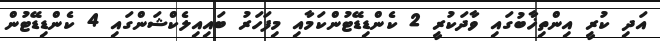
އަދި ކުރީ އިންތިޚާބުގައި ވާދަކުރީ 2 ކެންޑިޑޭޓުންކަމާއި މިފަހަރު ބައިއިލެކްޝަންގައި 4 ކެންޑިޑޭޓުން